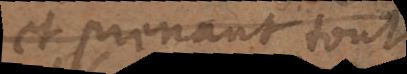
en prenant pour